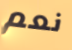
نعم